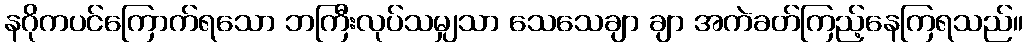
နဂိုကပင်ကြောက်ရသော ဘကြီးလုပ်သမျှသာ သေသေချာ ချာ အကဲခတ်ကြည့်နေကြရသည်။